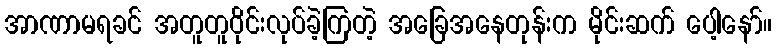
အာဏာမရခင် အတူတူဝိုင်းလုပ်ခဲ့ကြတဲ့ အခြေအနေတုန်းက မိုင်းဆက် ပေါ့နော်။